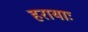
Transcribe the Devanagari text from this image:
हरायाः